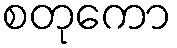
စတုကော